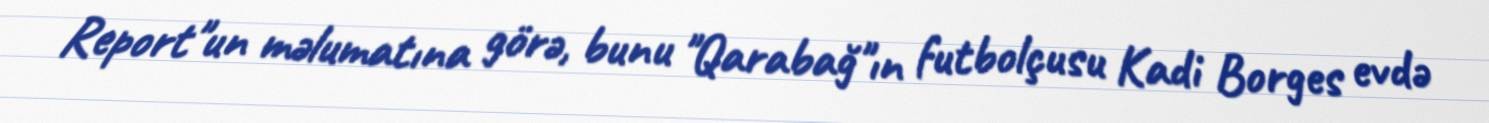
Report"un məlumatına görə, bunu "Qarabağ"ın futbolçusu Kadi Borges evdə